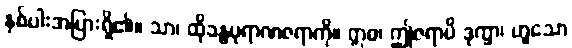
နှစ်ပါးအပြားရှိ၏။ သာ၊ ထိုခန္ဓပုရာဏဇရာကို။ ဣဓ၊ ဤဇရာပိ ဒုက္ခာ၊ ဟူသော